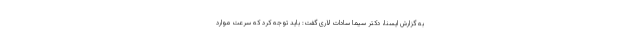
به گزارش ایسنا، دکتر سیما سادات لاری گفت: باید توجه کرد که سرعت موارد